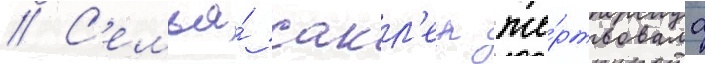
// С'емья́ сакл'ер же́ртвовала